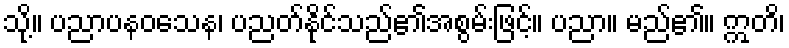
သို့။ ပညာပနဝသေန၊ ပညတ်နိုင်သည်၏အစွမ်းဖြင့်။ ပညာ။ မည်၏။ ဣတိ၊